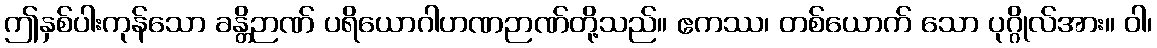
ဤနှစ်ပါးကုန်သော ခန္တိဉာဏ် ပရိယောဂါဟဏဉာဏ်တို့သည်။ ဧကဿ၊ တစ်ယောက် သော ပုဂ္ဂိုလ်အား။ ဝါ၊